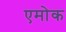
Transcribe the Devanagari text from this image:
एमोक